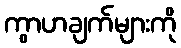
ကွာဟချက်များကို